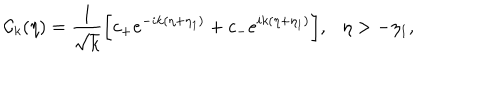
{ \cal C } _ { k } ( \eta ) = \frac { 1 } { \sqrt { k } } \biggl [ c _ { + } e ^ { - i k ( \eta + \eta _ { 1 } ) } + c _ { - } e ^ { i k ( \eta + \eta _ { 1 } ) } \biggr ] , \eta > - \eta _ { 1 } ,